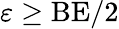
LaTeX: \varepsilon\ge\textrm{BE}/2